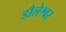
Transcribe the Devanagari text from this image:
डौलेश्वर